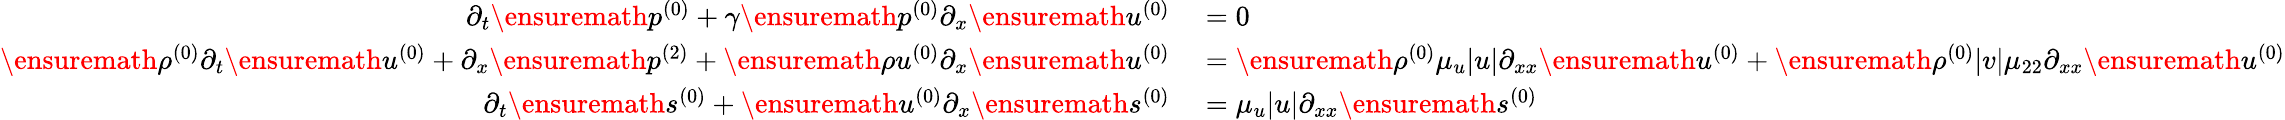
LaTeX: \begin{array}{rl}{\partial_{t}\ensuremath{p^{(0)}}+\gamma\ensuremath{p^{(0)}}\partial_{x}\ensuremath{u^{(0)}}}&{{}=0}\\ {\ensuremath{\rho^{(0)}}\partial_{t}\ensuremath{u^{(0)}}+\partial_{x}\ensuremath{p^{(2)}}+\ensuremath{\rho u^{(0)}}\partial_{x}\ensuremath{u^{(0)}}}&{{}=\ensuremath{\rho^{(0)}}\mu_{u}|u|\partial_{xx}\ensuremath{u^{(0)}}+\ensuremath{\rho^{(0)}}|v|\mu_{22}\partial_{xx}\ensuremath{u^{(0)}}}\\ {\partial_{t}\ensuremath{s^{(0)}}+\ensuremath{u^{(0)}}\partial_{x}\ensuremath{s^{(0)}}}&{{}=\mu_{u}|u|\partial_{xx}\ensuremath{s^{(0)}}}\end{array}